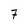
Character: 7